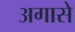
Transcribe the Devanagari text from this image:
अगासे